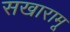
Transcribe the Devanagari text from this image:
सखारामू